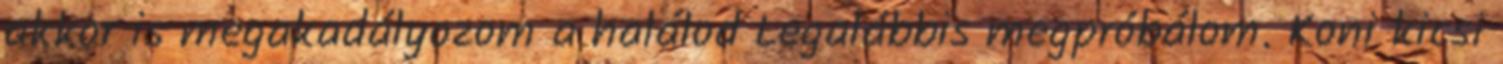
akkor is megakadályozom a halálod Legalábbis megpróbálom. Koni kicsi